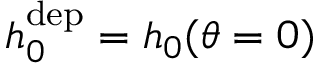
h _ { 0 } ^ { \mathrm { d e p } } = h _ { 0 } ( \theta = 0 )